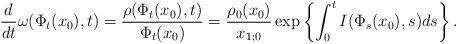
LaTeX: \begin{align*}\frac{d}{dt}\omega(\Phi_t(x_0),t)=\frac{\rho(\Phi_t(x_0),t)}{\Phi_t(x_0)}=\frac{\rho_0(x_0)}{x_{1;0}}\exp\left\{\int_0^tI(\Phi_s(x_0),s)ds\right\}.\end{align*}